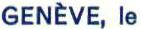
GENÈVE, le